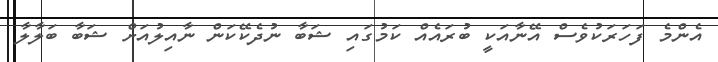
އެންމެ ފަހަރަކުވެސް އޭނާއަކީ ބުރައެއް ކަމުގައި ޝަބާ ނުދެކޭކަން ނާއިލުއަށް ޝަބާ ބަލާލާ